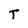
Character: T